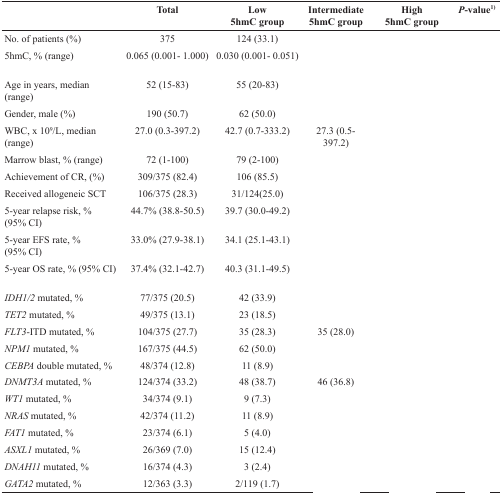
<table><thead><tr><td>[EMPTY_CELL]</td><td><b>Total</b></td><td><b>Low 5hmC group</b></td><td><b>Intermediate 5hmC group</b></td><td><b>High 5hmC group</b></td><td><b><i>P</i>-value<sup>1)</sup></b></td></tr></thead><tbody><tr><td>No. of patients (%)</td><td>375</td><td>124 (33.1)</td><td>[EMPTY_CELL]</td><td>[EMPTY_CELL]</td><td>[EMPTY_CELL]</td></tr><tr><td>5hmC, % (range)</td><td>0.065 (0.001- 1.000)</td><td>0.030 (0.001- 0.051)</td><td>[EMPTY_CELL]</td><td>[EMPTY_CELL]</td><td>[EMPTY_CELL]</td></tr><tr><td>Age in years, median (range)</td><td>52 (15-83)</td><td>55 (20-83)</td><td>[EMPTY_CELL]</td><td>[EMPTY_CELL]</td><td>[EMPTY_CELL]</td></tr><tr><td>Gender, male (%)</td><td>190 (50.7)</td><td>62 (50.0)</td><td>[EMPTY_CELL]</td><td>[EMPTY_CELL]</td><td>[EMPTY_CELL]</td></tr><tr><td>WBC, x 10<sup>9</sup>/L, median (range)</td><td>27.0 (0.3-397.2)</td><td>42.7 (0.7-333.2)</td><td>27.3 (0.5-397.2)</td><td>[EMPTY_CELL]</td><td>[EMPTY_CELL]</td></tr><tr><td>Marrow blast, % (range)</td><td>72 (1-100)</td><td>79 (2-100)</td><td>[EMPTY_CELL]</td><td>[EMPTY_CELL]</td><td>[EMPTY_CELL]</td></tr><tr><td>Achievement of CR, (%)</td><td>309/375 (82.4)</td><td>106 (85.5)</td><td>[EMPTY_CELL]</td><td>[EMPTY_CELL]</td><td>[EMPTY_CELL]</td></tr><tr><td>Received allogeneic SCT</td><td>106/375 (28.3)</td><td>31/124(25.0)</td><td>[EMPTY_CELL]</td><td>[EMPTY_CELL]</td><td>[EMPTY_CELL]</td></tr><tr><td>5-year relapse risk, % (95% CI)</td><td>44.7% (38.8-50.5)</td><td>39.7 (30.0-49.2)</td><td>[EMPTY_CELL]</td><td>[EMPTY_CELL]</td><td>[EMPTY_CELL]</td></tr><tr><td>5-year EFS rate, % (95% CI)</td><td>33.0% (27.9-38.1)</td><td>34.1 (25.1-43.1)</td><td>[EMPTY_CELL]</td><td>[EMPTY_CELL]</td><td>[EMPTY_CELL]</td></tr><tr><td>5-year OS rate, % (95% CI)</td><td>37.4% (32.1-42.7)</td><td>40.3 (31.1-49.5)</td><td>[EMPTY_CELL]</td><td>[EMPTY_CELL]</td><td>[EMPTY_CELL]</td></tr><tr><td><i>IDH1/2</i> mutated, %</td><td>77/375 (20.5)</td><td>42 (33.9)</td><td>[EMPTY_CELL]</td><td>[EMPTY_CELL]</td><td>[EMPTY_CELL]</td></tr><tr><td><i>TET2</i> mutated, %</td><td>49/375 (13.1)</td><td>23 (18.5)</td><td>[EMPTY_CELL]</td><td>[EMPTY_CELL]</td><td>[EMPTY_CELL]</td></tr><tr><td><i>FLT3</i>-ITD mutated, %</td><td>104/375 (27.7)</td><td>35 (28.3)</td><td>35 (28.0)</td><td>[EMPTY_CELL]</td><td>[EMPTY_CELL]</td></tr><tr><td><i>NPM1</i> mutated, %</td><td>167/375 (44.5)</td><td>62 (50.0)</td><td>[EMPTY_CELL]</td><td>[EMPTY_CELL]</td><td>[EMPTY_CELL]</td></tr><tr><td><i>CEBPA</i> double mutated, %</td><td>48/374 (12.8)</td><td>11 (8.9)</td><td>[EMPTY_CELL]</td><td>[EMPTY_CELL]</td><td>[EMPTY_CELL]</td></tr><tr><td><i>DNMT3A</i> mutated, %</td><td>124/374 (33.2)</td><td>48 (38.7)</td><td>46 (36.8)</td><td>[EMPTY_CELL]</td><td>[EMPTY_CELL]</td></tr><tr><td><i>WT1</i> mutated, %</td><td>34/374 (9.1)</td><td>9 (7.3)</td><td>[EMPTY_CELL]</td><td>[EMPTY_CELL]</td><td>[EMPTY_CELL]</td></tr><tr><td><i>NRAS</i> mutated, %</td><td>42/374 (11.2)</td><td>11 (8.9)</td><td>[EMPTY_CELL]</td><td>[EMPTY_CELL]</td><td>[EMPTY_CELL]</td></tr><tr><td><i>FAT1</i> mutated, %</td><td>23/374 (6.1)</td><td>5 (4.0)</td><td>[EMPTY_CELL]</td><td>[EMPTY_CELL]</td><td>[EMPTY_CELL]</td></tr><tr><td><i>ASXL1</i> mutated, %</td><td>26/369 (7.0)</td><td>15 (12.4)</td><td>[EMPTY_CELL]</td><td>[EMPTY_CELL]</td><td>[EMPTY_CELL]</td></tr><tr><td><i>DNAH11</i> mutated, %</td><td>16/374 (4.3)</td><td>3 (2.4)</td><td>[EMPTY_CELL]</td><td>[EMPTY_CELL]</td><td>[EMPTY_CELL]</td></tr><tr><td><i>GATA2</i> mutated, %</td><td>12/363 (3.3)</td><td>2/119 (1.7)</td><td>[EMPTY_CELL]</td><td>[EMPTY_CELL]</td><td>[EMPTY_CELL]</td></tr></tbody></table>